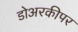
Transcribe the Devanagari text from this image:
डोअरकीपर